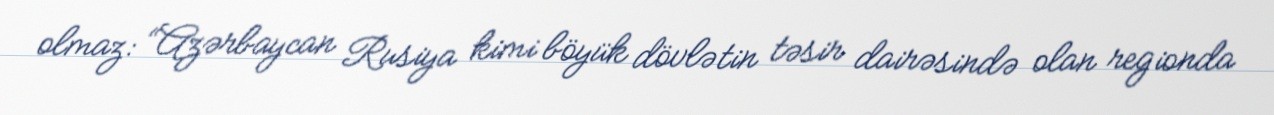
olmaz: “Azərbaycan Rusiya kimi böyük dövlətin təsir dairəsində olan regionda